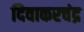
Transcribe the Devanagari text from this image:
दिवाकरचंद्र